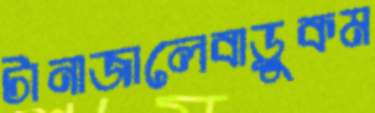
টানাজালেবাড়ুকম